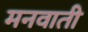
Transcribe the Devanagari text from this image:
मनवाती